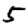
Digit: 5